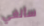
سألغي